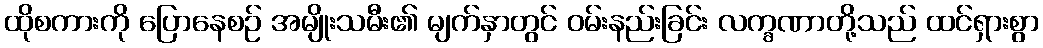
ထိုစကားကို ပြောနေစဉ် အမျိုးသမီး၏ မျက်နှာတွင် ဝမ်းနည်းခြင်း လက္ခဏာတို့သည် ထင်ရှားစွာ